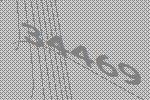
34469